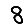
Digit: 8